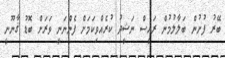
ބޭރު ފުށުން ބަލާލުމުން ރައީސް ނަޝީދު ކުރެއްވިކަމަށް ފެންނަނީ ވަރަށް ބޮޑު ޤާނޫނީ